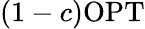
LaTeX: (1-c)\mathrm{OPT}